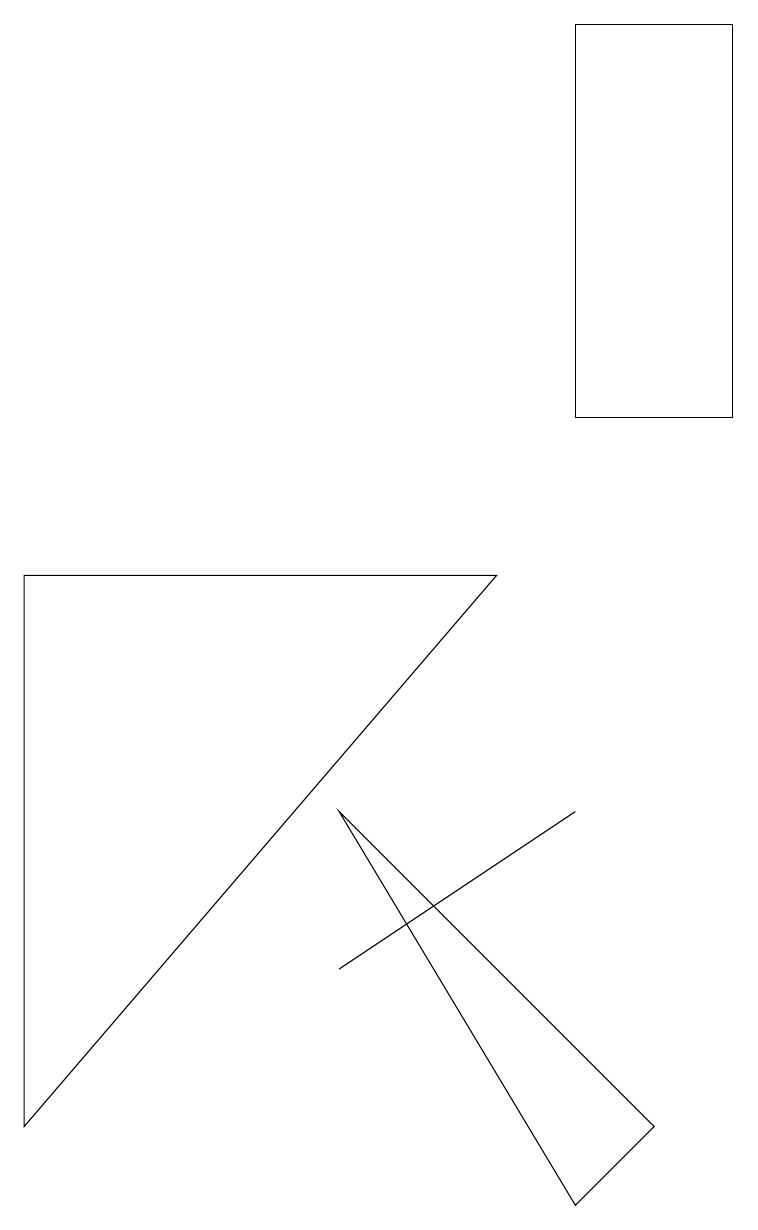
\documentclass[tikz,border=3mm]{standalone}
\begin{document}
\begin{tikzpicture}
\draw (6,9) -- (0,2) -- (0,9) -- cycle;
\draw (7,6) -- (7,6) -- (4,4) -- cycle;
\draw (7,16) rectangle (9,11);
\draw (4,6) -- (8,2) -- (7,1) -- cycle;
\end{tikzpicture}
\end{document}